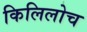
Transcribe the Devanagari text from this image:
किलिलोच